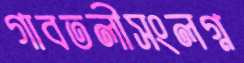
গাবতলীসংলগ্ন